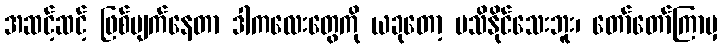
အဆင့်ဆင့် ဖြစ်ပျက်နေတာ ဒါကလေးတွေကို ယခုတော့ မသိနိုင်သေးဘူး၊ တော်တော်ကြာမှ